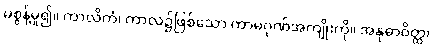
မစွန့်မူ၍။ ကာလိကံ၊ ကာလ၌ဖြစ်သော ကာမဂုဏ်အကျိုးကို။ အနုဓာဝိတ္ထ၊